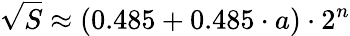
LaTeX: {\sqrt{S}}\approx(0.485+0.485\cdot a)\cdot 2^{n}